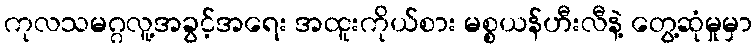
ကုလသမဂ္ဂလူ့အခွင့်အရေး အထူးကိုယ်စား မစ္စယန်ဟီးလီနဲ့ တွေ့ဆုံမှုမှာ